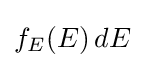
f_{E}(E)\,dE